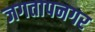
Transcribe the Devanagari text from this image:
जगतापनगर